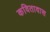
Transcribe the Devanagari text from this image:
कवितावास